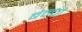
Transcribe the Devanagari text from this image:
बेन्चो